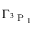
\Gamma _ { ^ 3 \textrm { P } _ { 1 } }